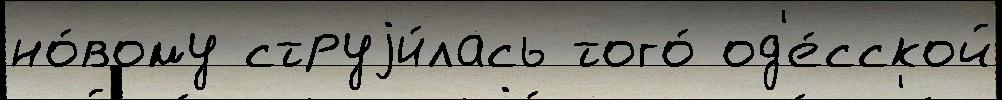
но́вому струjи́лась того́ од'е́сской